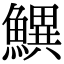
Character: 𬵫